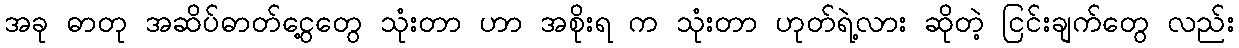
အခု ဓာတု အဆိပ်ဓာတ်ငွေ့တွေ သုံးတာ ဟာ အစိုးရ က သုံးတာ ဟုတ်ရဲ့လား ဆိုတဲ့ ငြင်းချက်တွေ လည်း